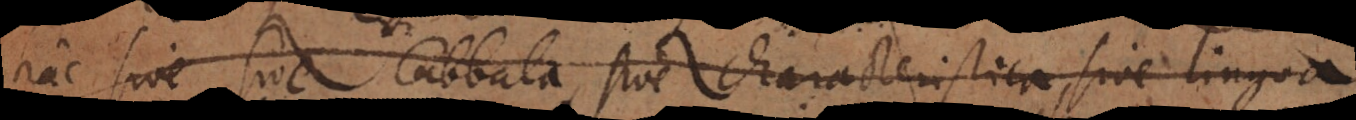
hac sive sive Cabbala, sive Characteristica, sive lingua